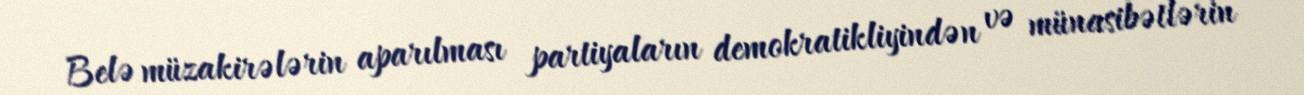
Belə müzakirələrin aparılması partiyaların demokratikliyindən və münasibətlərin